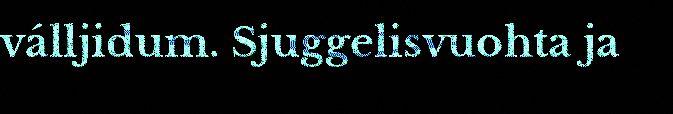
válljidum. Sjuggelisvuohta ja